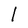
Character: l